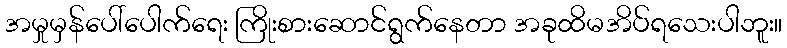
အမှုမှန်ပေါ်ပေါက်ရေး ကြိုးစားဆောင်ရွက်နေတာ အခုထိမအိပ်ရသေးပါဘူး။